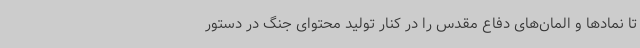
تا نمادها و المان‌های دفاع مقدس را در کنار تولید محتوای جنگ در دستور